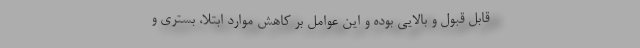
قابل قبول و بالایی بوده و این عوامل بر کاهش موارد ابتلا، بستری و